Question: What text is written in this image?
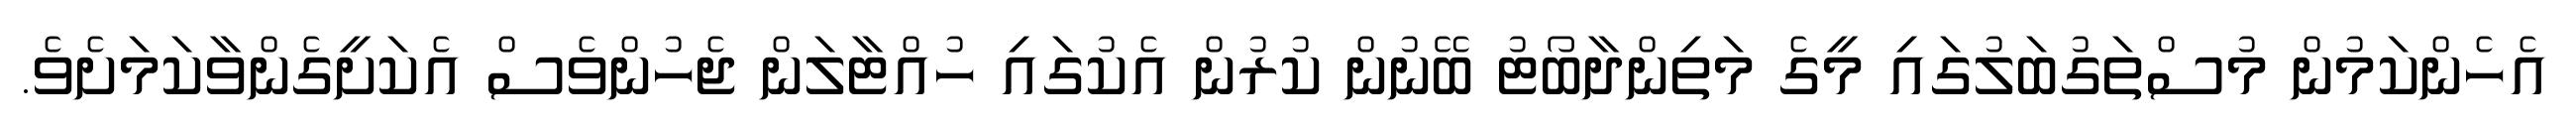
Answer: އެހެންކަމުން މުސްތަގުބަލުގައި މީގެ މަތިންދާބޯޓު ބޭނުން ކުރުން އެކުގައި ހުއްޓާލަން ޖެހުންވެސް އެކަށީގެންވާކަމަށެވެ.